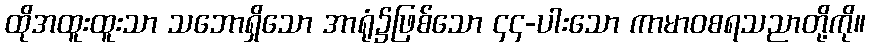
ထိုအထူးထူးသာ သဘောရှိသော အာရုံ၌ဖြစ်သော ၄၄-ပါးသော ကာမာဝစရသညာတို့ကို။